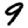
Digit: 9